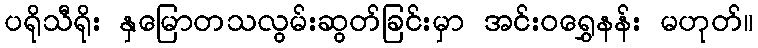
ပရိုသီရိုး နှမြောတသလွမ်းဆွတ်ခြင်းမှာ အင်းဝရွှေနန်း မဟုတ်။